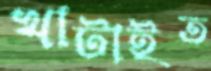
খাটাইত